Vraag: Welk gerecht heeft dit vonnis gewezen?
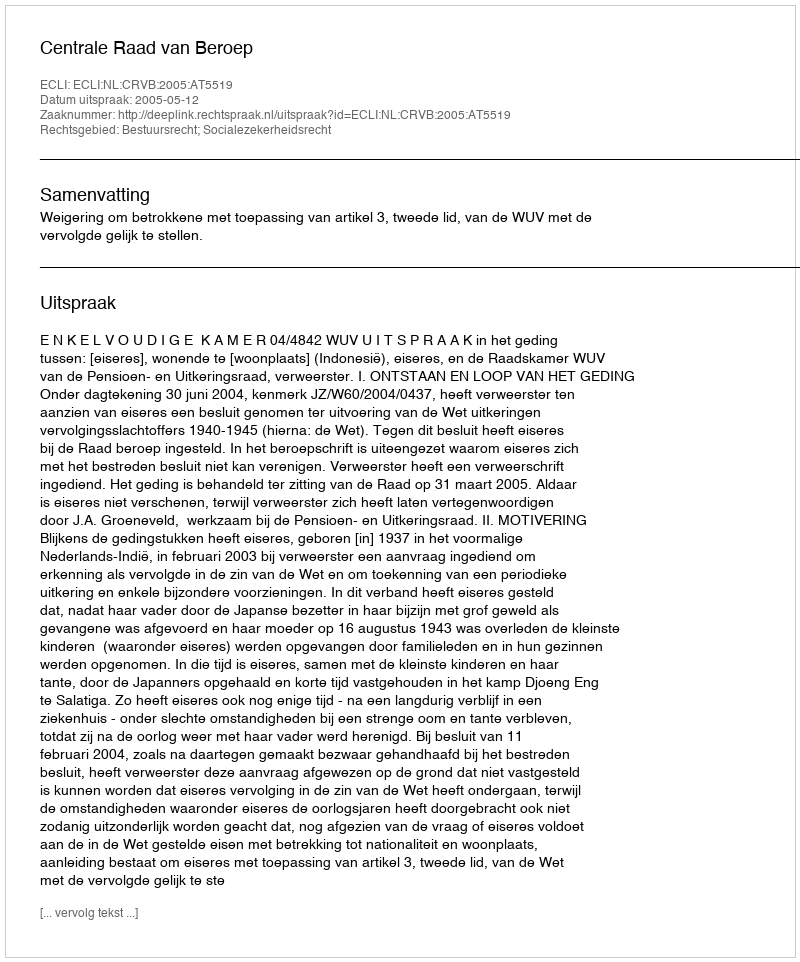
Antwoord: Centrale Raad van Beroep